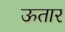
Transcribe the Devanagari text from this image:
ऊतार